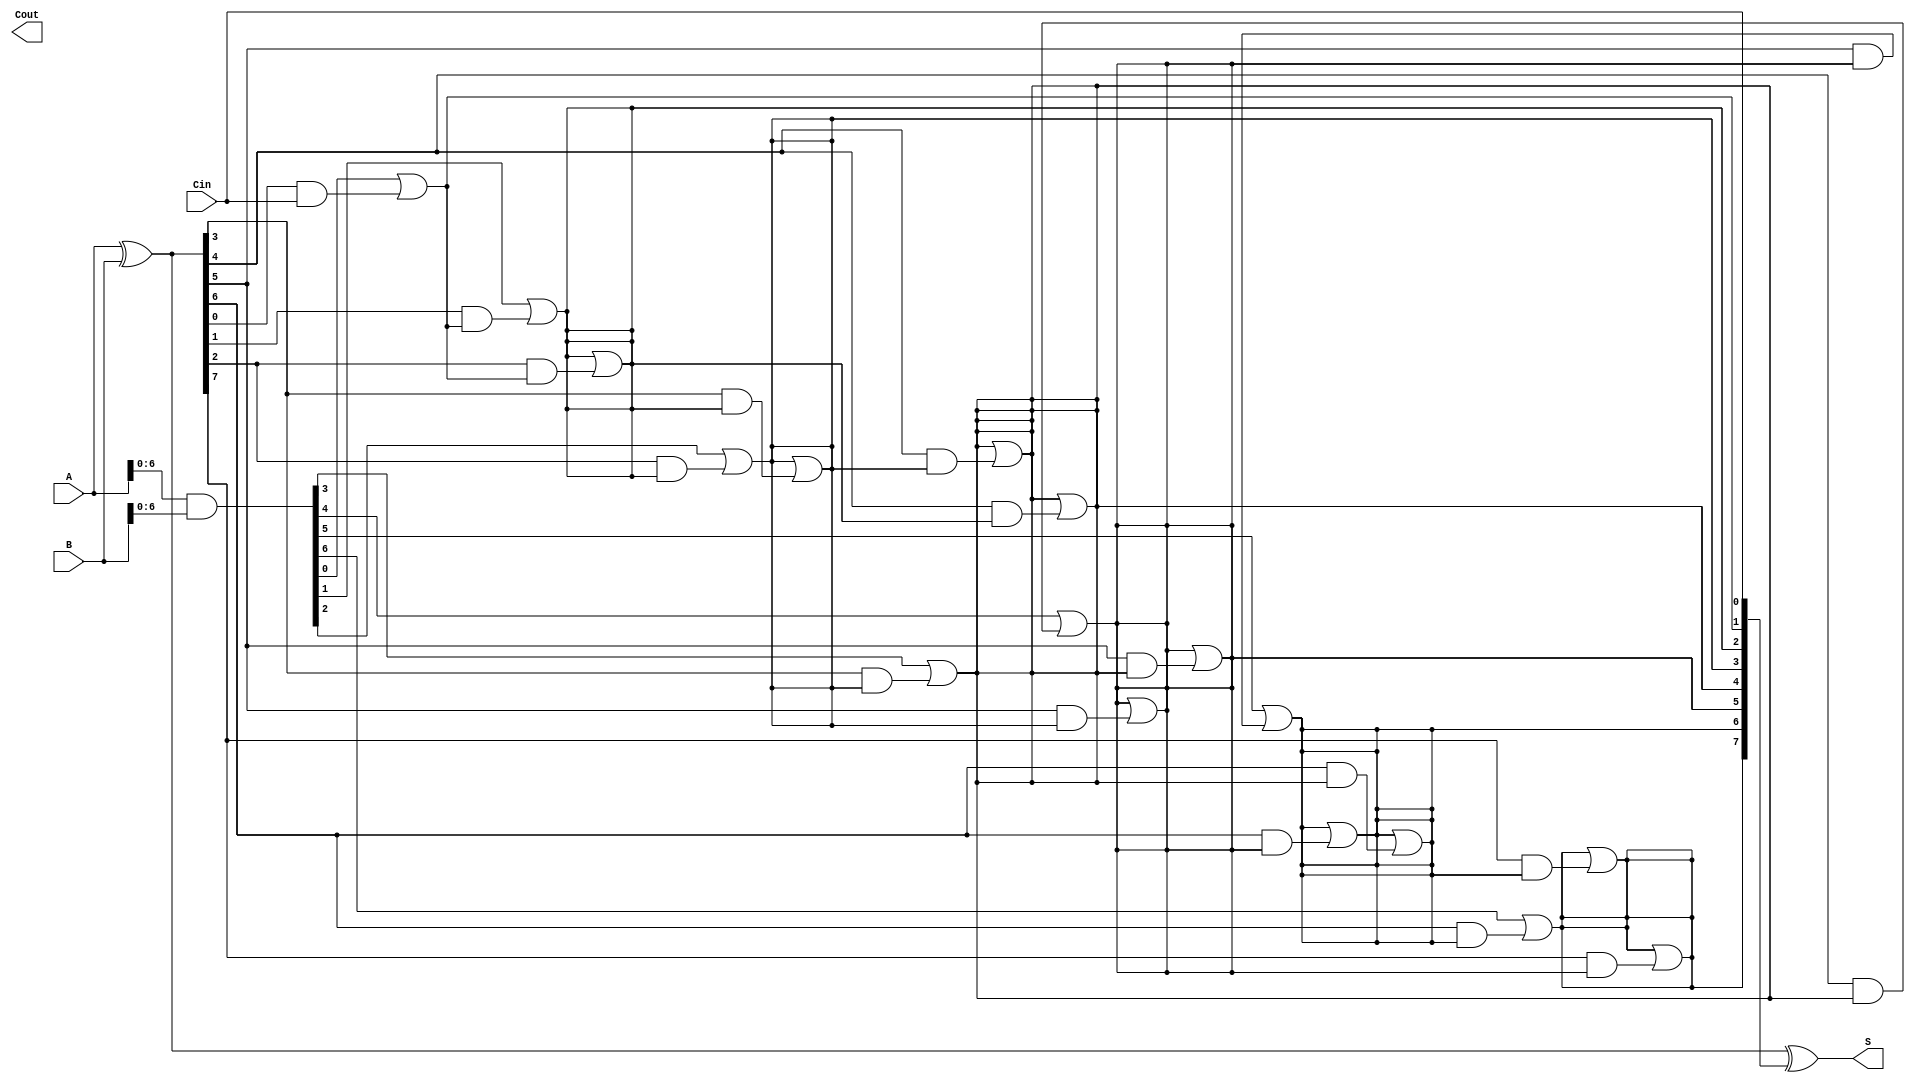
module KoggeStoneAdder #(
    parameter N = 8 // Width of the binary numbers
) (
    input  [N-1:0] A,     // First input
    input  [N-1:0] B,     // Second input
    input         Cin,     // Input carry
    output [N-1:0] S,      // Sum output
    output        Cout      // Output carry
);

    wire [N-1:0] G; // Generate signals
    wire [N-1:0] P; // Propagate signals
    wire [N:0] C;   // Carry signals

    // Generate and Propagate signals
    assign G = A & B;       // Generate signals
    assign P = A ^ B;       // Propagate signals

    // Stage 0: Initial carry signals
    assign C[0] = Cin;

    // Generate carry signals in stages
    genvar i, j;
    generate
        // Stage 1
        for (i = 1; i < N; i = i + 1) begin : stage1
            assign C[i] = G[i-1] | (P[i-1] & C[i-1]);
        end
        
        // Stage 2 and further stages
        for (j = 1; j < N; j = j + 1) begin : stage2
            for (i = 0; i < N; i = i + 1) begin : stage
                if (i >= (1 << j)) begin
                    assign C[i] = C[i] | (P[i] & C[i - (1 << (j-1))]);
                end
            end
        end
    endgenerate

    // Sum calculation
    assign S = P ^ C[N-1:0]; // Sum output

    // Output carry
    assign Cout = C[N]; // Final carry out

endmodule